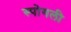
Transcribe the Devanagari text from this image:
स्पोगली